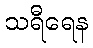
သရီရေန